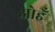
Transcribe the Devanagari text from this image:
ओहँ